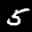
Label: 5